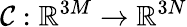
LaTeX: \mathcal{C}:\mathbb{R}^{3M}\to\mathbb{R}^{3N}